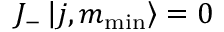
J _ { - } \left| j , m _ { \mathrm { m i n } } \right\rangle = 0